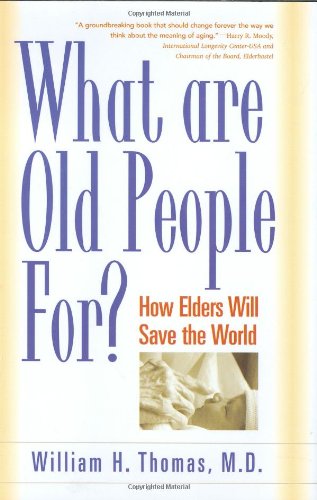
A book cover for What Are Old People For?: How Elders Will Save the World; William H. Thomas; Politics & Social Sciences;